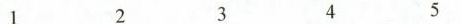
12345